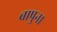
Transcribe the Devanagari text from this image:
बापुना